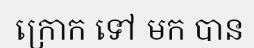
ក្រោក ទៅ មក បាន